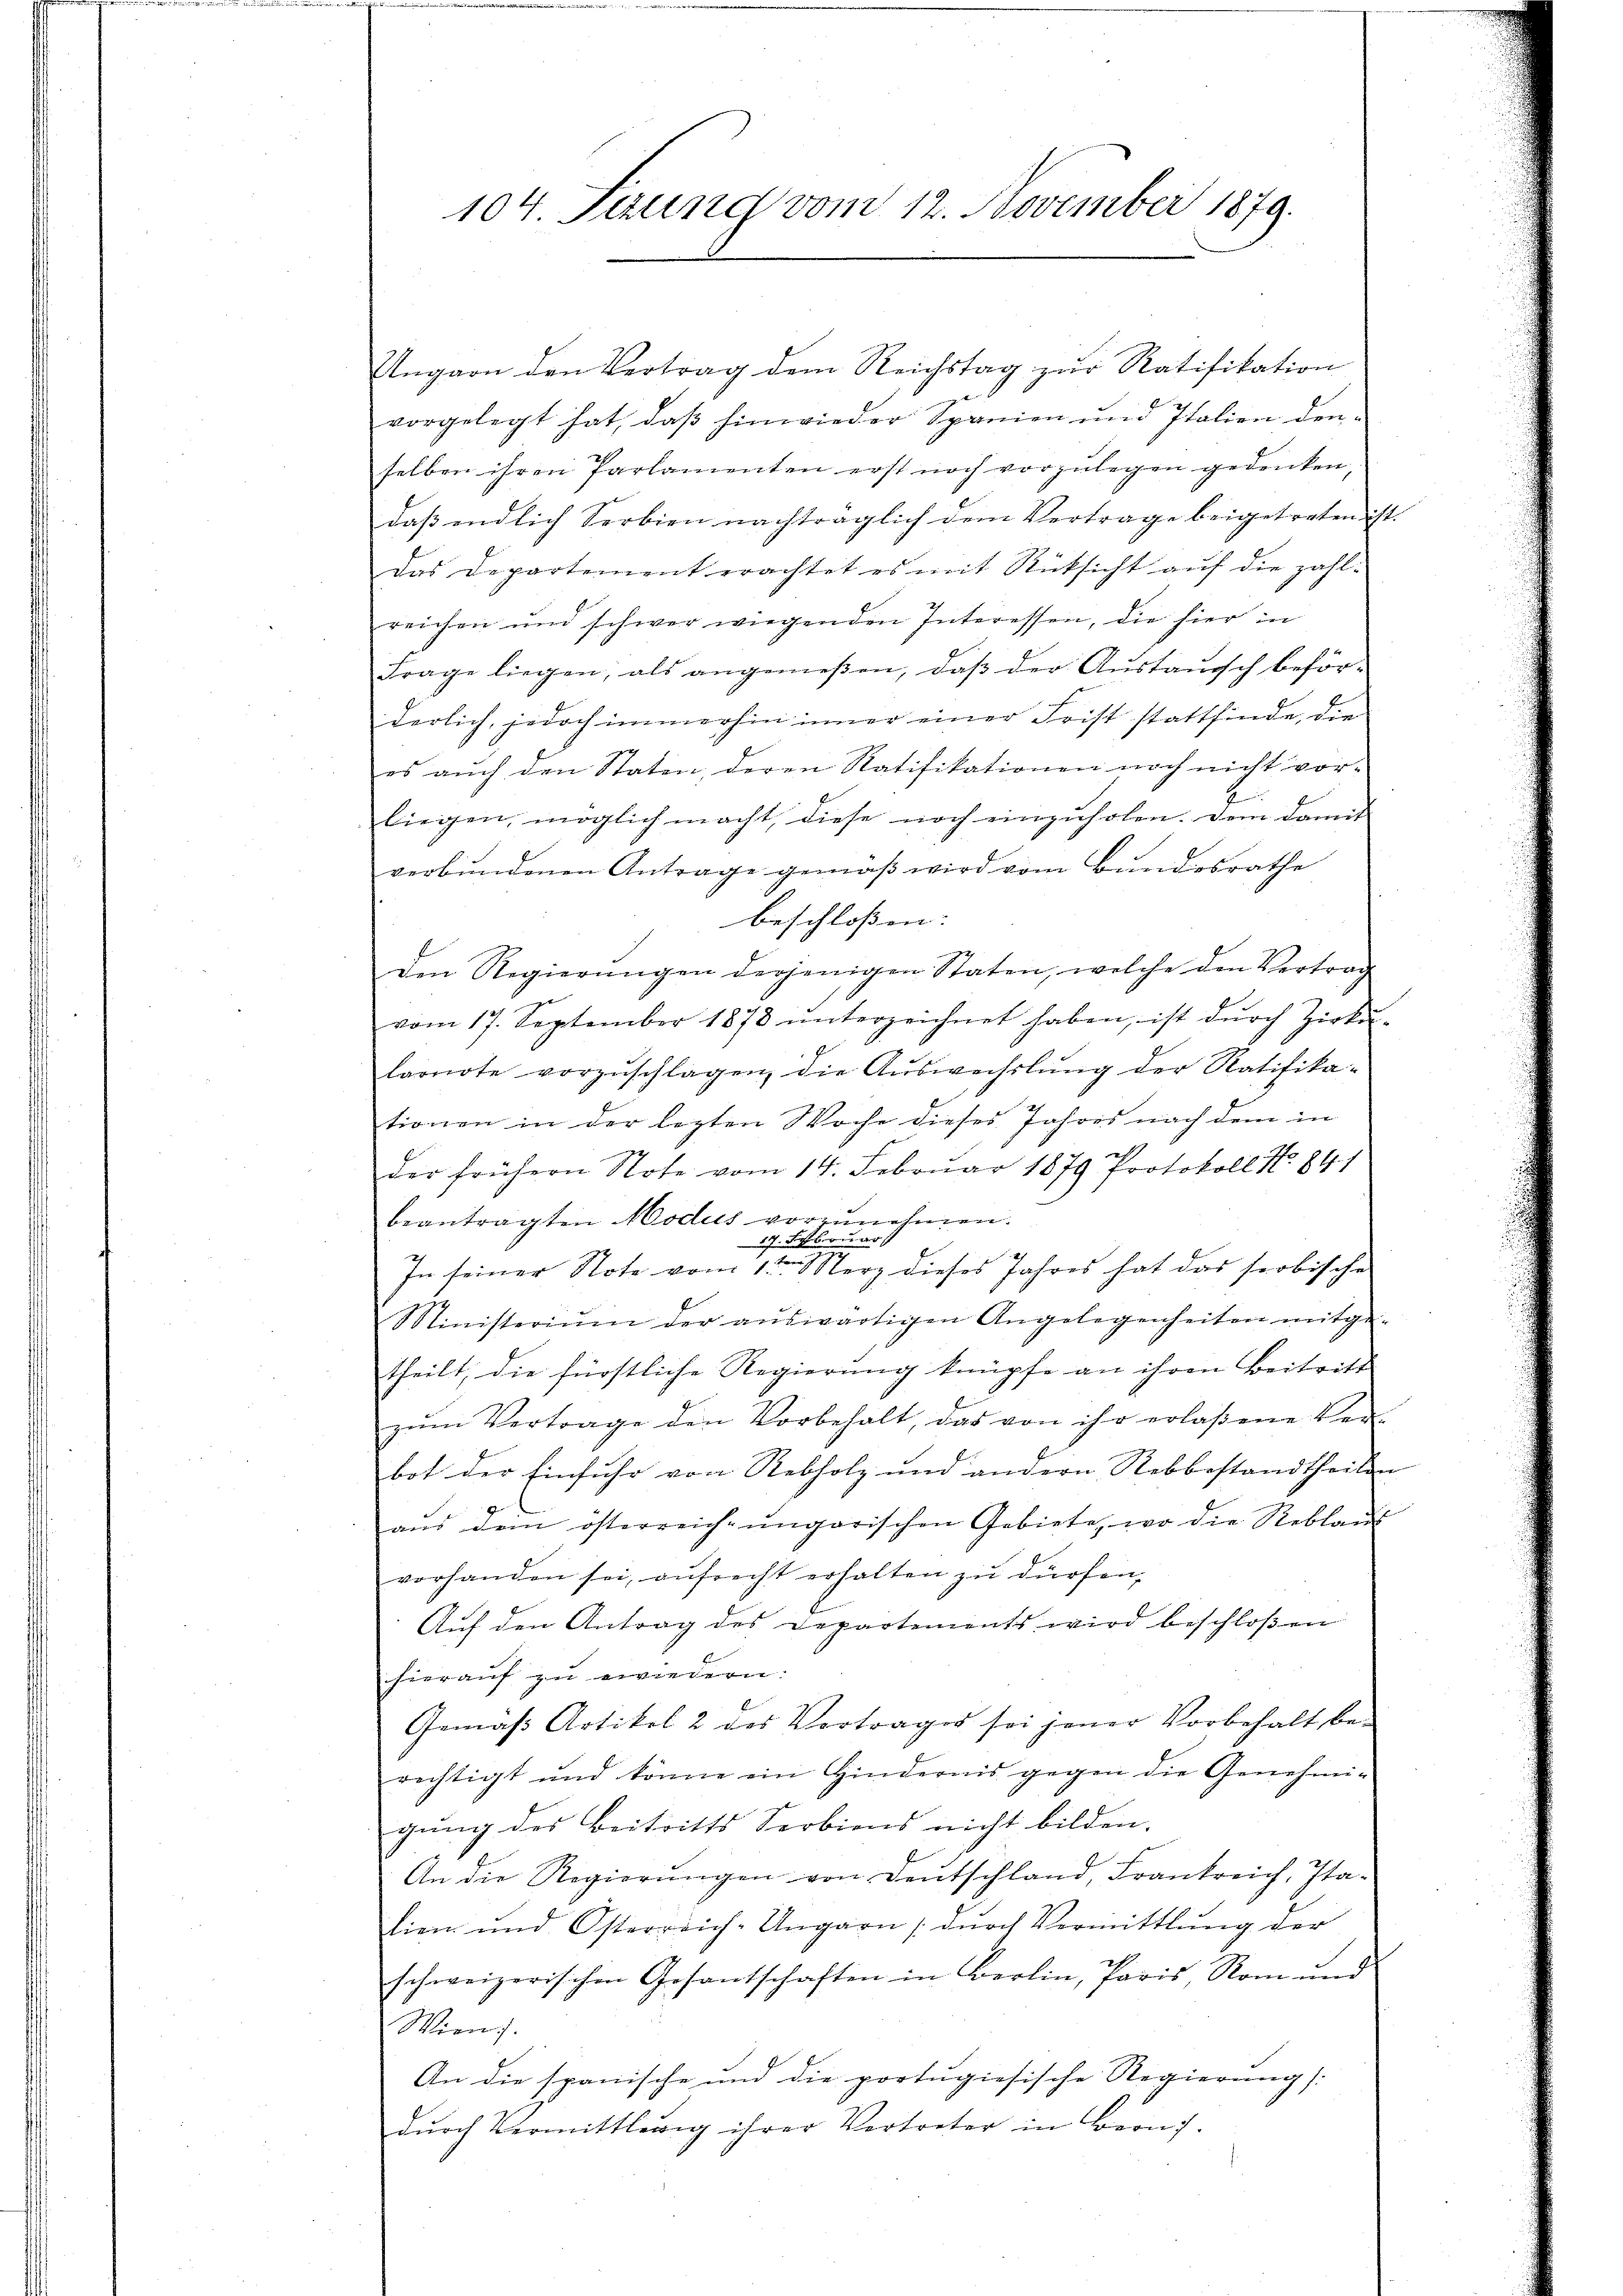
104. Setzung vom 12. November 1879.

Angarn den Vertrag dem Reichstag zŭr Ratifikation
vorgelegt hat, daβ hinwieder Spanien und Italien den-
selben ihren Parlamenten erst noch vorzŭlegen gedenken,
daβ endlich Serbien nachträglich dem Vertrage beigetreten ist.
das Departement erachtet es mit Rücksicht auf die zahl-
reichen und schwer wiegenden Interessen, die hier in
Frage liegen, als angemeßen, daβ der Aŭstanisch beför-
derlich, jedoch immerhin inner einer Frist stattfinde, die
es auch den Staten, deren Ratifikationen noch nicht vor-
liegen, möglich macht, diese noch einzuholen. Dem damit
verbundenen Antrage gemäβ wird vom Bundesrathe
beschloßen:
den Regierungen derjenigen Staten, welche den Vertrag
vom 17. September 1878 ŭnterzeichnet haben, ist durch Zirku
larnote vorzŭschlagen, die Aŭswechslung der Ratifika-
tionen in der lezten Woche dieses Jahres nach dem in
der frühern Note vom 14. Februar 1879 Protokoll No 841
beantragten Modus vorzunehmen.
17. Februar
In seiner Note vom 1ten Merz dieses Jahres hat das seobische
Ministeriŭm der aŭswärtigen Angelegenheiten mitge-
theilt, die fürstliche Regierung knüpfe an ihren Beitritt
zŭm Vertrage den Vorbehalt, das von ihr erlaßene Ver-
bot der Einfuhr von Rebholz und andern Robbestandtheilen
aŭs dem österreich-ungarischen Gebiete, wo die Reblaŭs
vorhanden sei, aŭfrecht erhalten zŭ dürfen,
Auf den Antrag des Departements wird beschloßen
hierauf zu erwiedern:
Gemäβ Artikel 2 des Vertrages sei jener Vorbehalt be-
rechtigt und könne ein Hindernis gegen die Genehmi-
gung des Beitritts Serbiens nicht bilden.
An die Regierŭngen von Dentschland, Frankreich, Ita-
hien und Österreich-Ungarn / dŭrch Vermittlung der
schweizerischen Gesantschaften in Berlin, Paris Rom und
Wien).
An die spanische und die portugiesische Regierung:
dŭrch Vermittledig ihrer Vertreter in Bern.